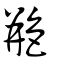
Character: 艵